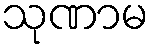
သုဏာမ